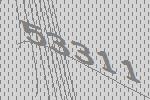
53311